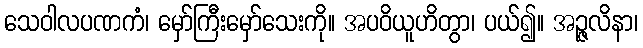
သေဝါလပဏကံ၊ မှော်ကြီးမှော်သေးကို။ အပဝိယူဟိတွာ၊ ပယ်၍။ အဉ္ဇလိနာ၊